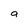
Character: a